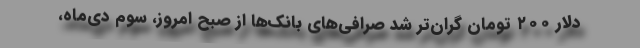
دلار ۲۰۰ تومان گران‌تر شد صرافی‌های بانک‌ها از صبح امروز، سوم دی‌ماه،